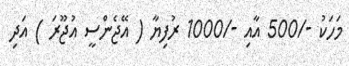
މަހަކު -/500 އާއި -/1000 ރުފިޔާ ( އޭޖެންސީ އުޖޫރަ ) އަދި